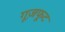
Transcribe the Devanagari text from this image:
गूज़फूट